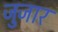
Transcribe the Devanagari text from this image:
जुजार